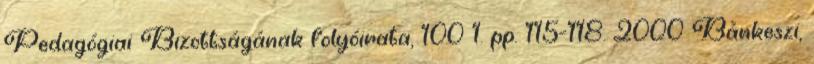
Pedagógiai Bizottságának folyóirata, 100 1. pp. 115-118. 2000 Bánkeszi,